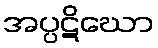
အပ္ပဋိဃော